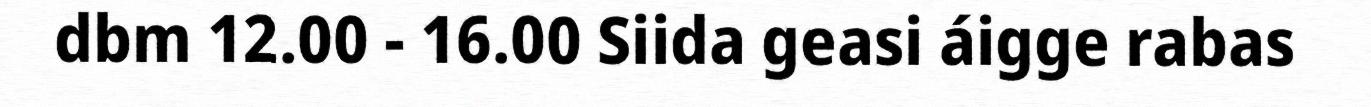
dbm 12.00 - 16.00 Siida geasi áigge rabas